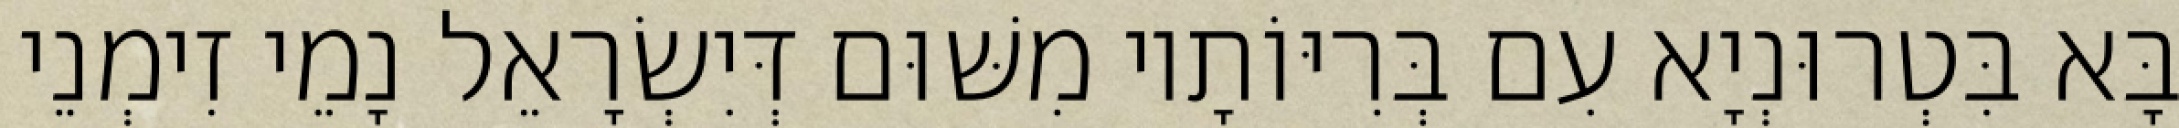
בָּא בִּטְרוּנְיָא עִם בְּרִיּוֹתָיו מִשּׁוּם דְּיִשְׂרָאֵל נָמֵי זִימְנֵי